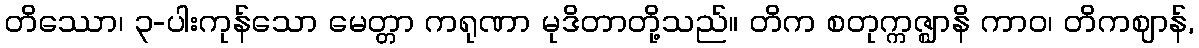
တိဿော၊ ၃-ပါးကုန်သော မေတ္တာ ကရုဏာ မုဒိတာတို့သည်။ တိက စတုက္ကဇ္ဈာနိ ကာဝ၊ တိကဈာန်,